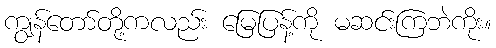
ကျွန်တော်တို့ကလည်း မြေပြန့်ကို မဆင်းကြဘဲကိုး။